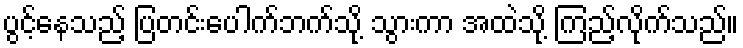
ပွင့်နေသည့် ပြတင်းပေါက်ဘက်သို့ သွားကာ အထဲသို့ ကြည့်လိုက်သည်။